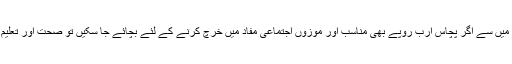
ایک سو پچاس ارب روپے کی سالانہ خیرات میں سے اگر پچاس ارب روپے بھی مناسب اور موزوں اجتماعی مفاد میں خرچ کرنے کے لئے بچائے جا سکیں تو صحت اور تعلیم کے بہت سے منصوبے تکمیل پا سکتے ہیں۔